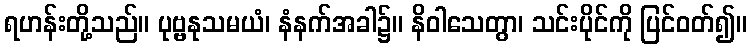
ရဟန်းတို့သည်။ ပုဗ္ဗနုသမယံ၊ နံနက်အခါ၌။ နိဝါသေတွာ၊ သင်းပိုင်ကို ပြင်ဝတ်၍။